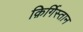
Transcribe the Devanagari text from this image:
क़िर्गिस्तान